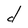
Character: d